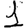
Digit: 1